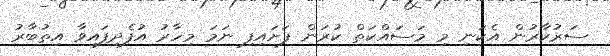
ސަރުކާރުން އެކަނި މި މަސައްކަތް ކުރަން ފަށައިފި ނަމަ މިހާރު އުފެދިފައިވާ އިތުބާރު